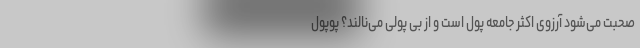
صحبت می‌شود آرزوی اکثر جامعه پول است و از بی پولی می‌نالند؟ پوپول